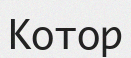
Котор